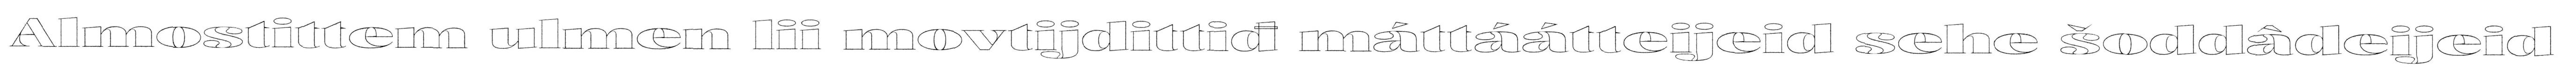
Almostittem ulmen lii movtijdittiđ máttáátteijeid sehe šoddâdeijeid